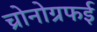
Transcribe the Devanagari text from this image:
च्रोनोग्रफई